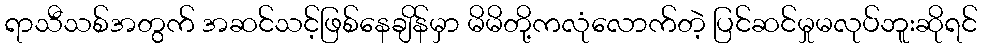
ရာသီသစ်အတွက် အဆင်သင့်ဖြစ်နေချိန်မှာ မိမိတို့ကလုံလောက်တဲ့ ပြင်ဆင်မှုမလုပ်ဘူးဆိုရင်